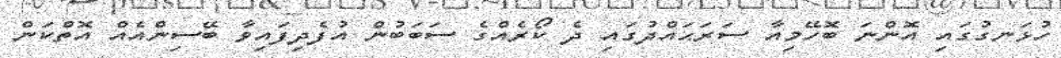
ހުޅަނގުގައި އޮންނަ ބޮހޭމިއާ ސަރަޙައްދުގައި ދެ ކޯރެއްގެ ސަބަބުން އުފެދިފައިވާ ބޭސިންއެއް އޮތްކަން